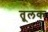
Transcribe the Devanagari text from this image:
तूलक